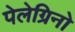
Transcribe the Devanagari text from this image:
पेलेग्रिनो